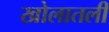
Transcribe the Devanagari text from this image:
खोलातली